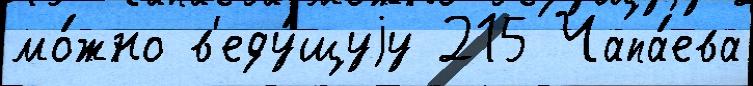
мо́жно в'еду́щуjу 215 Чапа́ева